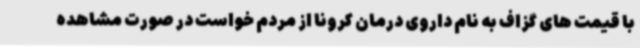
با قیمت های گزاف به نام داروی درمان کرونا از مردم خواست در صورت مشاهده